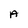
Character: A